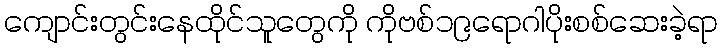
ကျောင်းတွင်းနေထိုင်သူတွေကို ကိုဗစ်၁၉ရောဂါပိုးစစ်ဆေးခဲ့ရာ